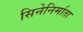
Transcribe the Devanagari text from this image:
सिनेनिर्माता